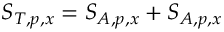
S _ { T , p , x } = S _ { A , p , x } + S _ { A , p , x }